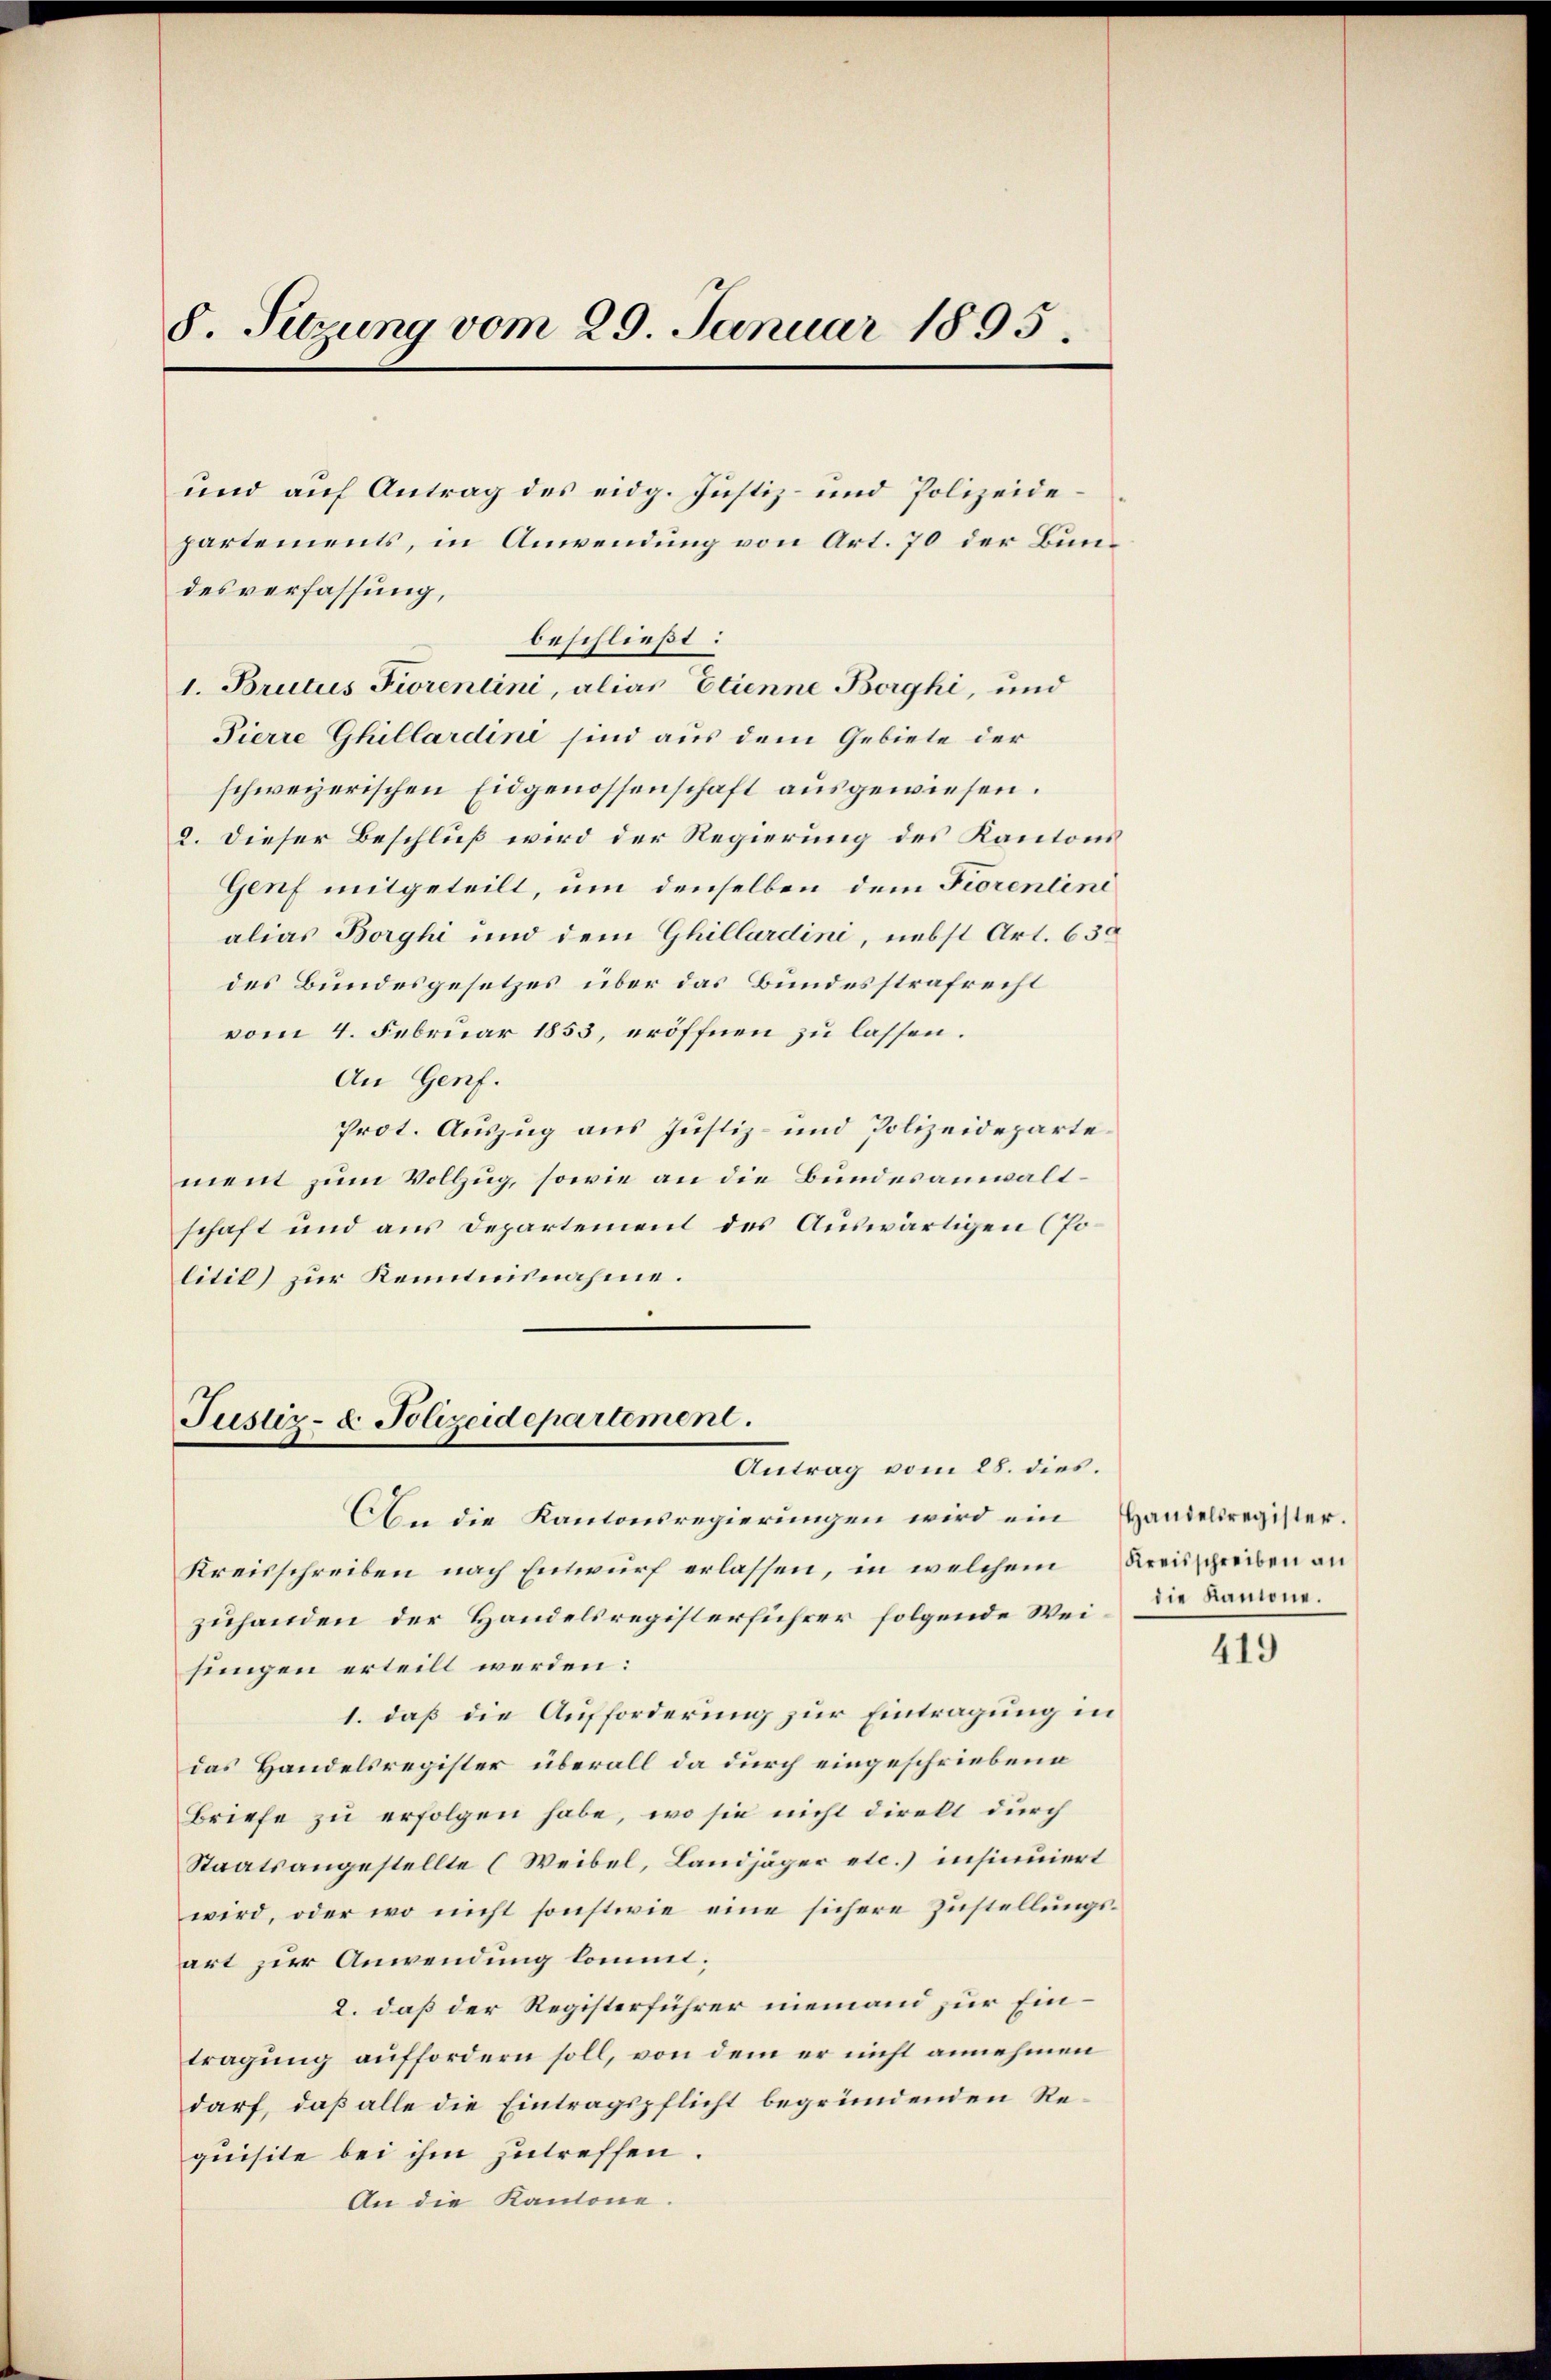
8. Sitzung vom 29. Januar 1895.

und auf Antrag des eidg. Justiz- und Polizeidepartements, in Anwendung von Art. 70 der Bun¬

beschließt:
1. Brutus Fiorenlini, alias Etienne Berghi, und
Pierre Ghillardini sind aus dem Gebiete der
schweizerischen Eidgenossenschaft ausgewiesen.
2. Dieser Beschluß wird der Regierung des Kantons
Genf mitgeteilt, um denselben dem Fiorentend
alias Borghi und dem Ghillardini, nebst Art. 630
des Bundesgesetzes über das Bundesstrafrecht
vom 4. Februar 1853, eröffnen zu lassen.
An Genf.
Prot. Auszug aus Justiz- und Polizeidepartement zum Vollzug, sowie an die Bundesanwaltschaft und aus Departement des Auswärtigen (Politik) zur Kenntnisnahme.

desverfassung,

Justiz- & Polizeidepartement.
Antrag vom 28. dies.

An die Kantonsregierungen wird ein Handelsregister.
Kreisschreiben nach Entwurf erlassen, in welchem Kreisschreiben an
zuhanden der Handelsregisterführer folgende Weijungen erteilt werden:
1. daß die Aufforderung zur Eintragung in
das Handelsregister überall da durch eingeschriebene
Briefe zu erfolgen habe, wo sie nicht direkt durch
Staatsangestellte (Weibel, Landjäger etc.) insinuiert
wird, oder wo nicht sonstwie eine sichere Zustellungsart zur Anwendung kommt;
2. daß der Registerführer niemand zur Eintragung auffordern soll, von dem er nicht annehmen
darf, daß alle die Eintragspflicht begründenden Requisite bei ihm zutreffen.
An die Kantone.

die Kantone.

419